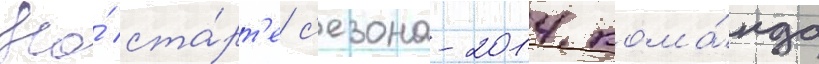
На́ ста́рт'е с'езона-2014 кома́нда